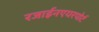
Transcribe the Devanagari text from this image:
रजाईनएयरपोर्ट